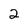
Character: 2